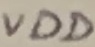
Text: VDD